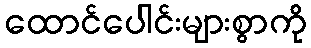
ထောင်ပေါင်းများစွာကို